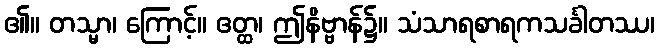
၏။ တသ္မာ၊ ကြောင့်။ ဧတ္ထ၊ ဤနိဗ္ဗာန်၌။ သံသာရစာရကသင်္ခါတဿ၊